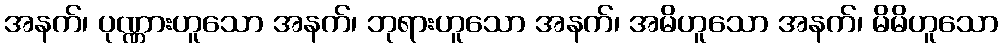
အနက်၊ ပုဏ္ဏားဟူသော အနက်၊ ဘုရားဟူသော အနက်၊ အမိဟူသော အနက်၊ မိမိဟူသော